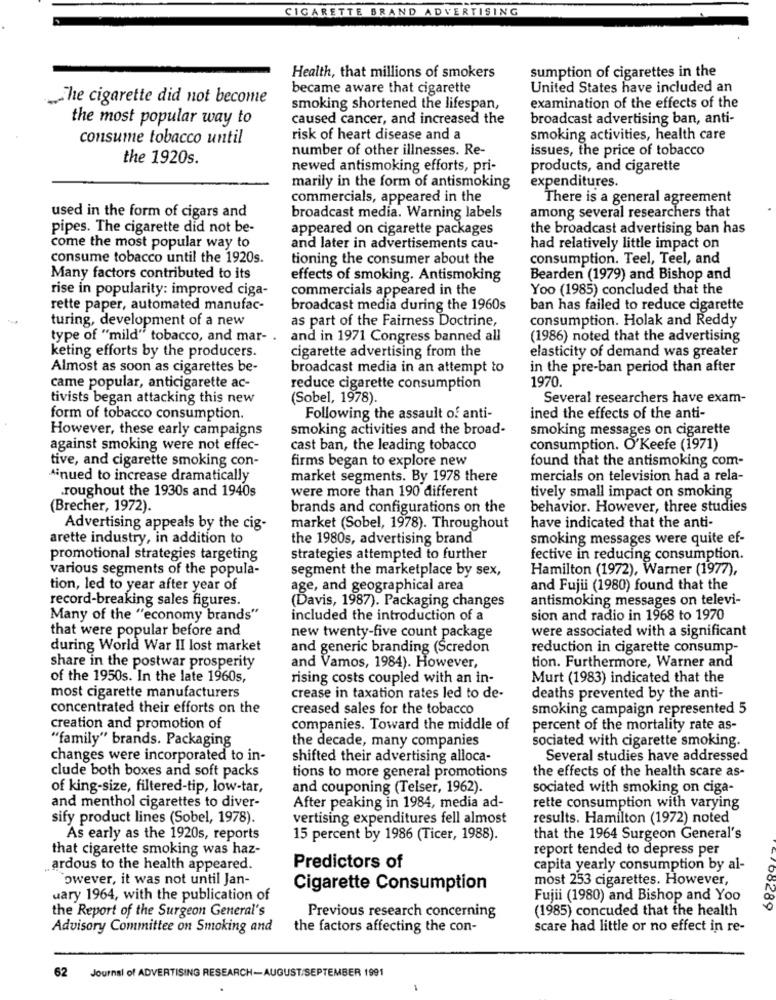
CIGARETTE BRAND ADVERTISING
Health, that millions of smokers
sumption of cigarettes in the
became aware that cigarette
United States have included an
The cigarette did not become
smoking shortened the lifespan,
examination of the effects of the
the most popular way to
caused cancer, and increased the
broadcast advertising ban, anti-
consume tobacco until
risk of heart disease and a
smoking activities, health care
number of other illnesses. Re-
issues, the price of tobacco
the 1920s.
newed antismoking efforts, pri-
products, and cigarette
marily in the form of antismoking
expenditures.
commercials, appeared in the
There is a general agreement
used in the form of cigars and
broadcast media. Warning labels
among several researchers that
pipes. The cigarette did not be-
appeared on cigarette packages
the broadcast advertising ban has
come the most popular way to
and later in advertisements cau-
had relatively little impact on
consume tobacco until the 1920s.
tioning the consumer about the
consumption. Teel, Teel, and
Many factors contributed to its
effects of smoking. Antismoking
Bearden (1979) and Bishop and
rise in popularity: improved ciga-
commercials appeared in the
Yoo (1985) concluded that the
rette paper, automated manufac-
broadcast media during the 1960s
ban has failed to reduce cigarette
turing, development of a new
as part of the Fairness Doctrine,
consumption. Holak and Reddy
type of "mild" tobacco, and mar- .
and in 1971 Congress banned all
(1986) noted that the advertising
keting efforts by the producers.
cigarette advertising from the
elasticity of demand was greater
Almost as soon as cigarettes be-
broadcast media in an attempt to
in the pre-ban period than after
came popular, anticigarette ac-
reduce cigarette consumption
1970.
tivists began attacking this new
(Sobel, 1978).
Several researchers have exam-
form of tobacco consumption.
Following the assault of anti-
ined the effects of the anti-
However, these early campaigns
smoking activities and the broad-
smoking messages on cigarette
against smoking were not effec-
cast ban, the leading tobacco
consumption. O'Keefe (1971)
tive, and cigarette smoking con-
firms began to explore new
found that the antismoking com-
Ainued to increase dramatically
market segments. By 1978 there
mercials on television had a rela-
roughout the 1930s and 1940s
were more than 190 different
tively small impact on smoking
(Brecher, 1972).
brands and configurations on the
behavior. However, three studies
Advertising appeals by the cig-
market (Sobel, 1978). Throughout
have indicated that the anti-
arette industry, in addition to
the 1980s, advertising brand
smoking messages were quite ef-
promotional strategies targeting
strategies attempted to further
fective in reducing consumption.
various segments of the popula-
segment the marketplace by sex,
Hamilton (1972), Warner (1977),
tion, led to year after year of
age, and geographical area
and Fujii (1980) found that the
record-breaking sales figures.
(Davis, 1987). Packaging changes
antismoking messages on televi-
Many of the "economy brands"
included the introduction of a
sion and radio in 1968 to 1970
that were popular before and
new twenty-five count package
were associated with a significant
during World War II lost market
and generic branding (Scredon
reduction in cigarette consump-
tion. Furthermore, Warner and
share in the postwar prosperity
and Vamos, 1984). However,
of the 1950s. In the late 1960s,
rising costs coupled with an in-
Murt (1983) indicated that the
most cigarette manufacturers
crease in taxation rates led to de-
deaths prevented by the anti-
concentrated their efforts on the
creased sales for the tobacco
smoking campaign represented 5
creation and promotion of
companies. Toward the middle of
percent of the mortality rate as-
"family" brands. Packaging
the decade, many companies
sociated with cigarette smoking.
changes were incorporated to in-
shifted their advertising alloca-
Several studies have addressed
clude both boxes and soft packs
tions to more general promotions
the effects of the health scare as-
of king-size, filtered-tip, low-tar,
and couponing (Telser, 1962).
sociated with smoking on ciga-
and menthol cigarettes to diver-
After peaking in 1984, media ad-
rette consumption with varying
sify product lines (Sobel, 1978).
vertising expenditures fell almost
results. Hamilton (1972) noted
As early as the 1920s, reports
15 percent by 1986 (Ticer, 1988).
that the 1964 Surgeon General's
that cigarette smoking was haz-
report tended to depress per
ardous to the health appeared.
Predictors of
capita yearly consumption by al-
Towever, it was not until Jan-
most 253 cigarettes. However,
Cigarette Consumption
uary 1964, with the publication of
Fujii (1980) and Bishop and Yoo
the Report of the Surgeon General's
(1985) concuded that the health
00289
Previous research concerning
Advisory Committee on Smoking and
the factors affecting the con-
scare had little or no effect in re-
62
Journal of ADVERTISING RESEARCH-AUGUST/SEPTEMBER 1991